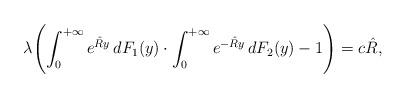
LaTeX: \begin{align*} \lambda \Biggl(\int_0^{+\infty}e^{\hat Ry}\, dF_1(y) \cdot\int_0^{+\infty}e^{-\hat Ry}\, dF_2(y) -1 \Biggr)=c\hat R,\end{align*}